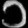
Digit: ၁